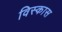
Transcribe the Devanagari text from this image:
विस्कास